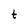
Character: t